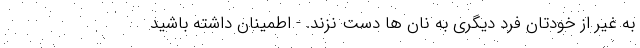
به غیر از خودتان فرد دیگری به نان ها دست نزند. - اطمینان داشته باشید